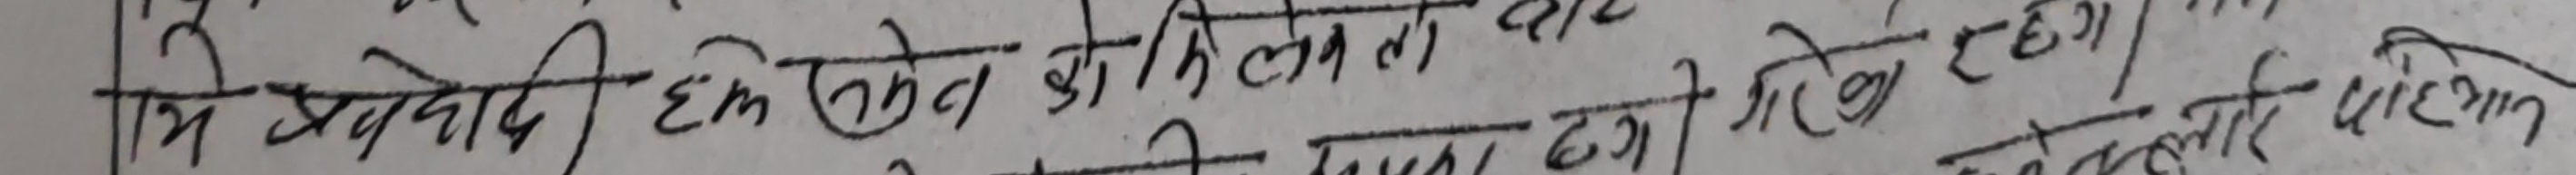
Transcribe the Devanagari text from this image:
हम प्रयोजनवादी हम चोकले की मिलन के लिए ठगने का मौके रहना चाहिए